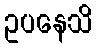
ဥပနေသိ